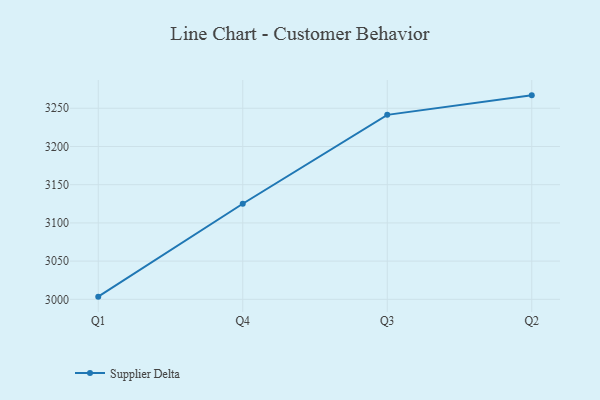
{"axis": {"x": "Quarter", "y": "Inventory Turnover"}, "legend": ["Supplier Delta"], "data": [{"x": "Q1", "y": 3003.5, "type": "Supplier Delta"}, {"x": "Q4", "y": 3125.1, "type": "Supplier Delta"}, {"x": "Q3", "y": 3241.4, "type": "Supplier Delta"}, {"x": "Q2", "y": 3266.9, "type": "Supplier Delta"}]}